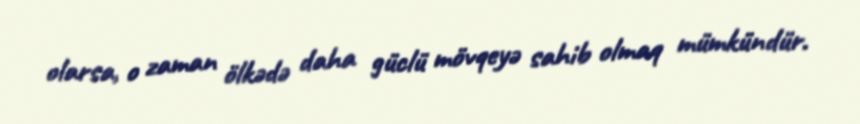
olarsa, o zaman ölkədə daha güclü mövqeyə sahib olmaq mümkündür.